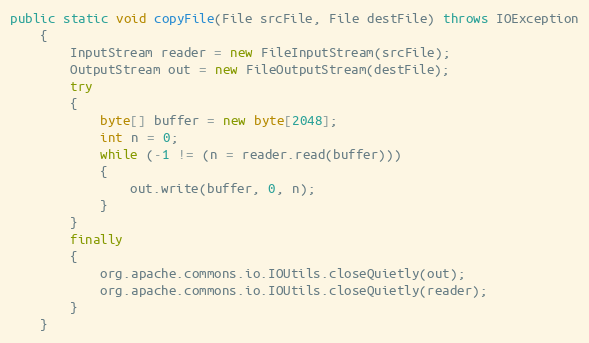
Language: Java
public static void copyFile(File srcFile, File destFile) throws IOException
    {
        InputStream reader = new FileInputStream(srcFile);
        OutputStream out = new FileOutputStream(destFile);
        try
        {
            byte[] buffer = new byte[2048];
            int n = 0;
            while (-1 != (n = reader.read(buffer)))
            {
                out.write(buffer, 0, n);
            }
        }
        finally
        {
            org.apache.commons.io.IOUtils.closeQuietly(out);
            org.apache.commons.io.IOUtils.closeQuietly(reader);
        }
    }